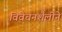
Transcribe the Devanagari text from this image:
विवेचनशैलीने